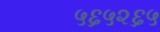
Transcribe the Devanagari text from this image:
५६५२६५